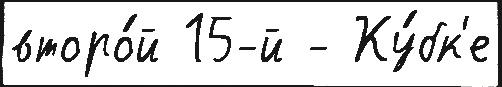
второ́й 15-й - Ку́бк'е